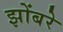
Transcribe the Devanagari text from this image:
झोंबरे